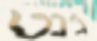
ג'נט